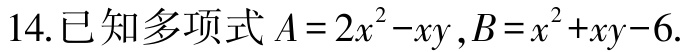
14.已知多项式$A = 2x^{2}-xy,B = x^{2}+xy - 6$.